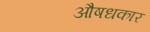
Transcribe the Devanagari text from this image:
औषधकार